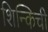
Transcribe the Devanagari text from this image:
शिन्किची